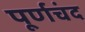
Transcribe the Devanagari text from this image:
पूर्णचंद